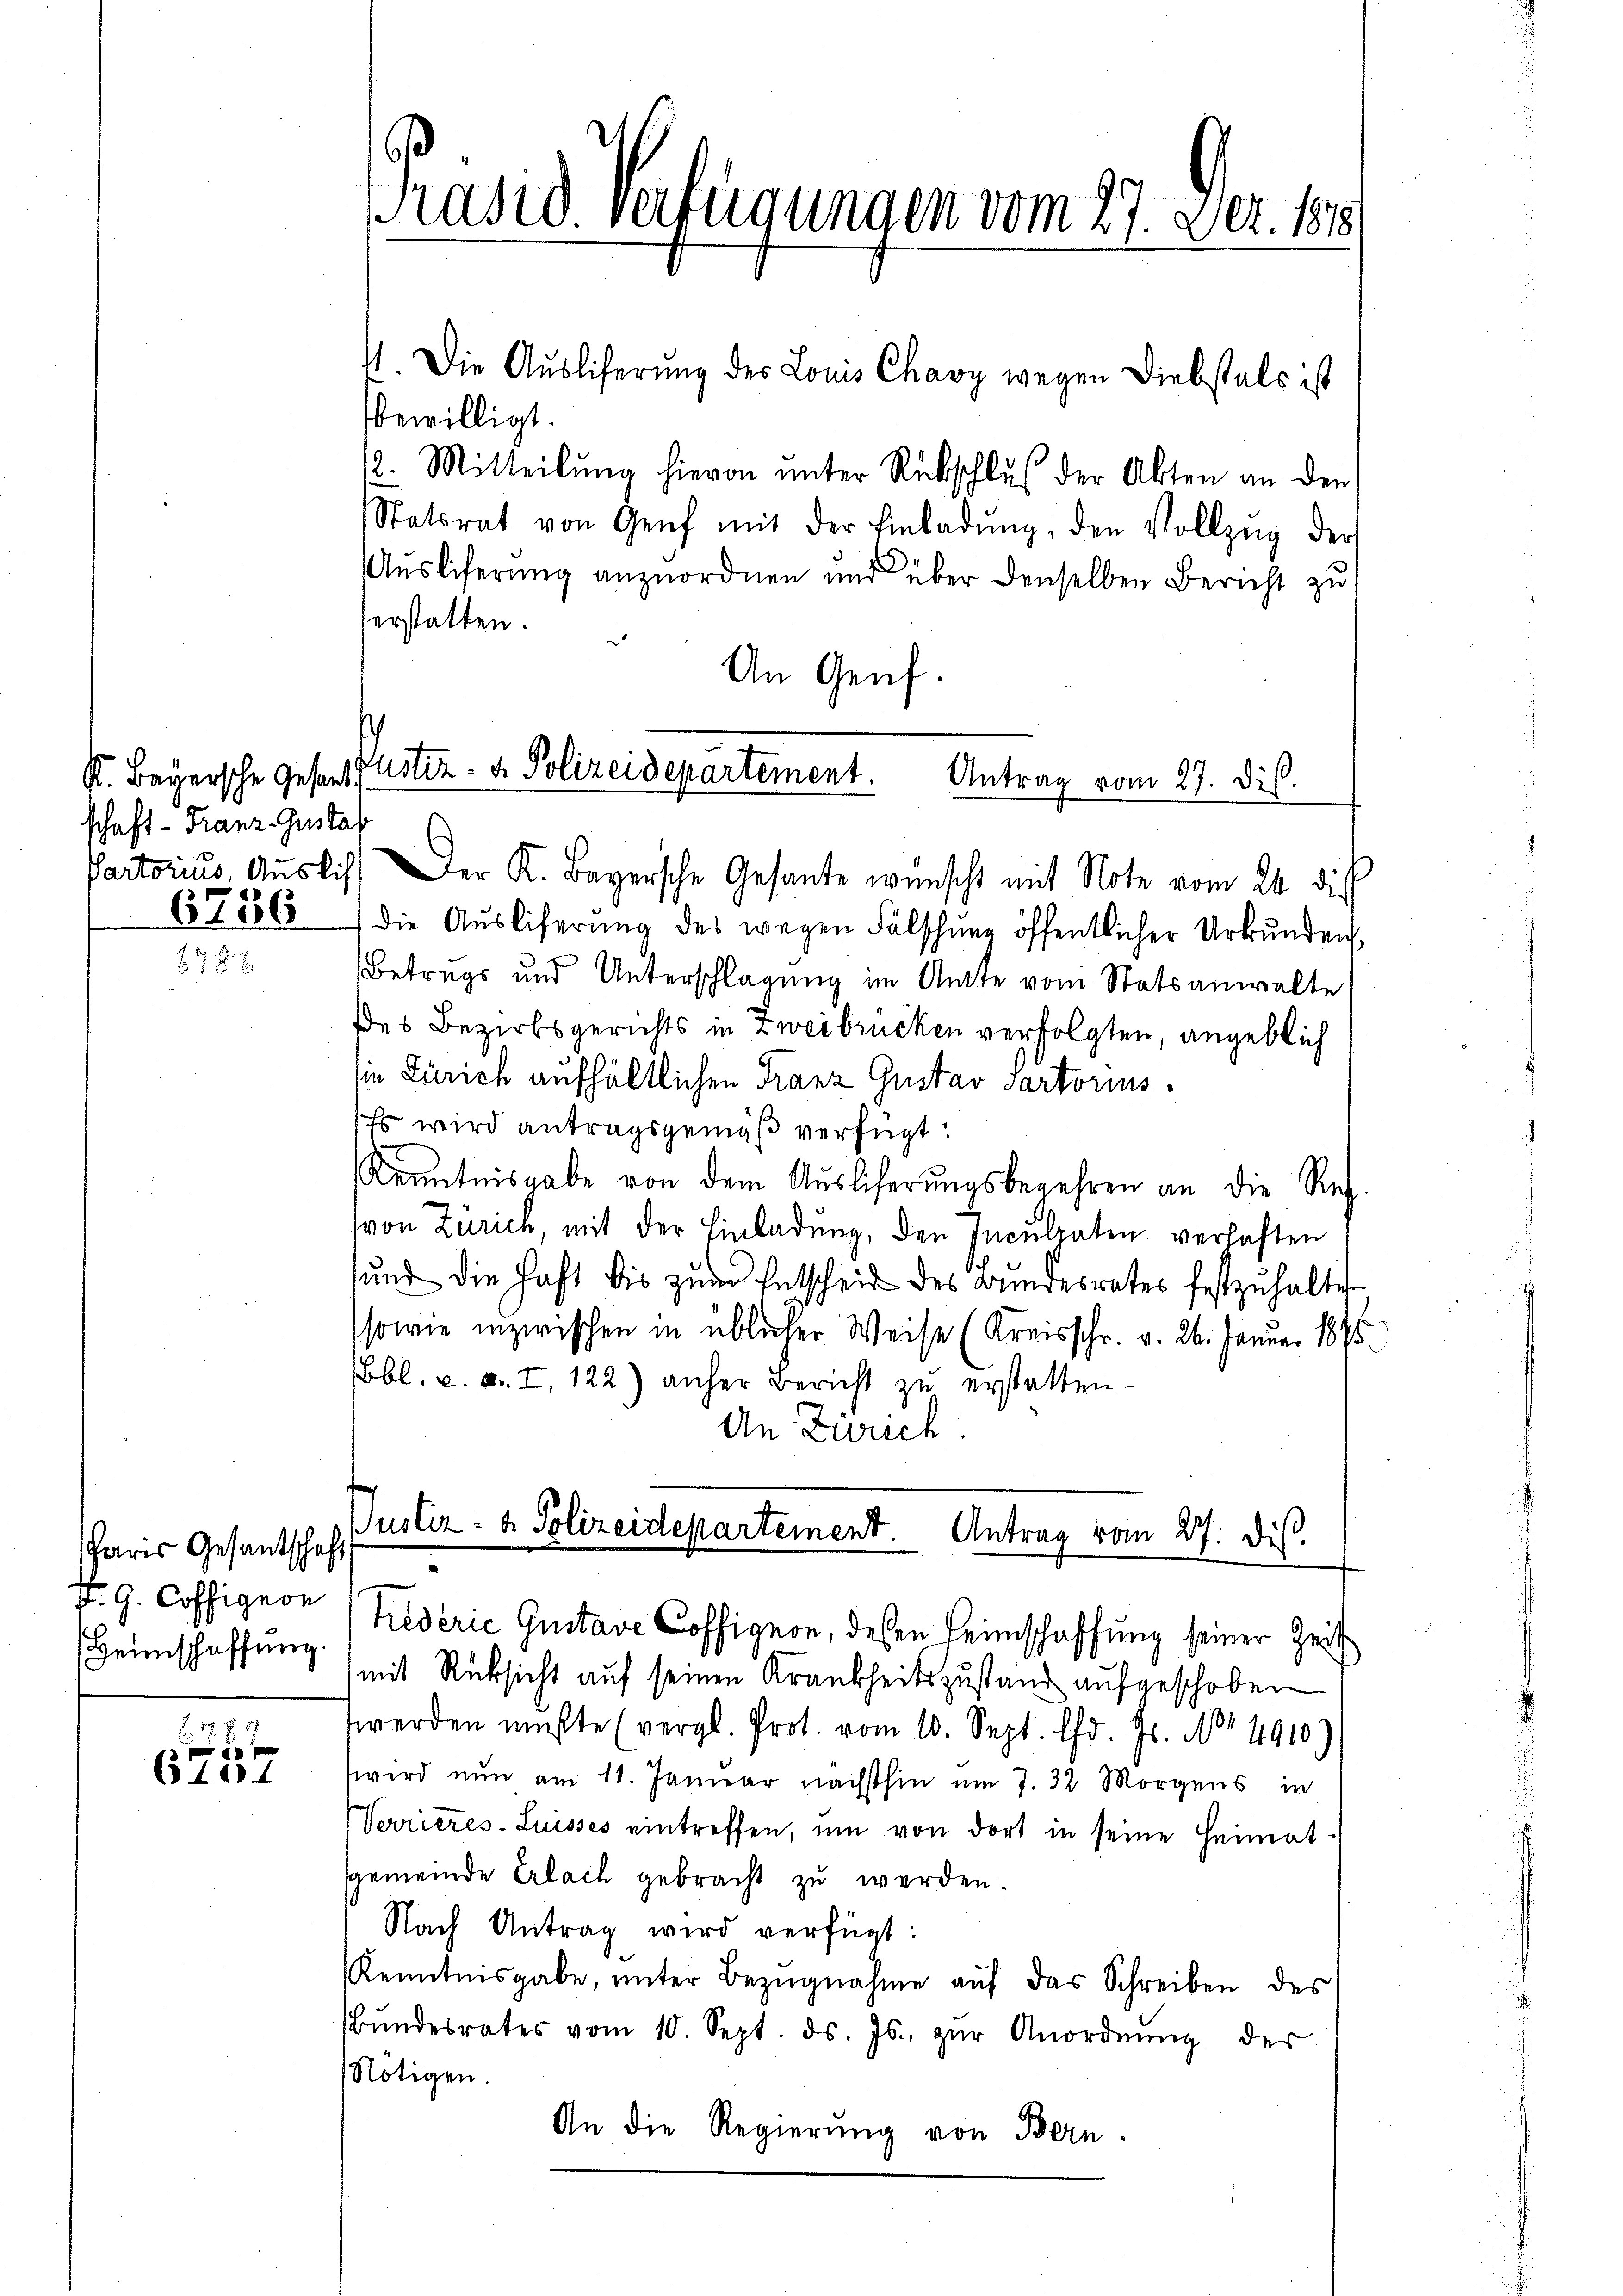
schaft - Franz Gustaf

Paris Gesandtschaft
K. G. Coffigire

x
65 f. 554

Präsid. verfügungen vom 27. Dez. 1818.

4. Die Auslieferung des Louis Chavy wegen Diebstals ist
bewilligt.
/2. Mitteilŭng hievon ŭnter Rückschluß der Akten an den
Statsrat von Genf mit der Einladŭng, den Vollzug der
Ausliferung anzuordnen und über denselben Bericht zu
verstatten.
An Genf.
Pactorius, Auslich Der K. Bayersche Gesante wünscht mit Note vom 24. die
67256 die Aŭsliferŭng des wegen Fälschŭng öffentlicher Urkunden,
Betrugs und Unterschlagung im Amte vom Statsanwalte
Des Bezirksgerichts in Zweibrücken verfolgten, angeblich
in Zürich aufhältlichen Franz Gustav Partorius
Es wird antragsgemäß verfügt:
Kenntnisgabe von dem Auslieferungsbegehren an die Rech¬
(von Zürich, mit der Einladung, den Inculpaten verhaften
sund die Haft bis zŭm Entscheid des Bundesrates festzuhalter
sowie inzwischen in üblicher Weise (Kreisschr. v. 26. Januar 1875.
bl. v. a. I, 122) anher Bericht zu erstatten.
An Zürich.
Justiz- & Polizeidepartement. Antrag vom 27. dis.
hederie Gustave Coffigion, deßen Heimschaffung seiner Zeit
Heimschaffung) mit Rücksicht auf seinen Krankheitszustand aufgeschoben
werden müßte (vergl. Prot. vom 10. Sept. lfd. Js. No 4910)
wird nun am 11. Januar nächsthin um 7. 32 Morgens in
Verrieres-Luisses eintreffen, um von dort in seine Heimat
sgemeinde Erlach gebracht zu werden.
Nach Antrag wird verfügt:
Kenntnisgabe, ŭnter Bezŭgnahme aŭf das Schreiben des
ŭndesrates vom 10. Sept. ds. Js. zŭr Anordnŭng der
Nötigen.
An die Regierung von Bern.

K. Bayersche Geser Justiz- & Polizeidepartement.
Antrag vom 27. dis.